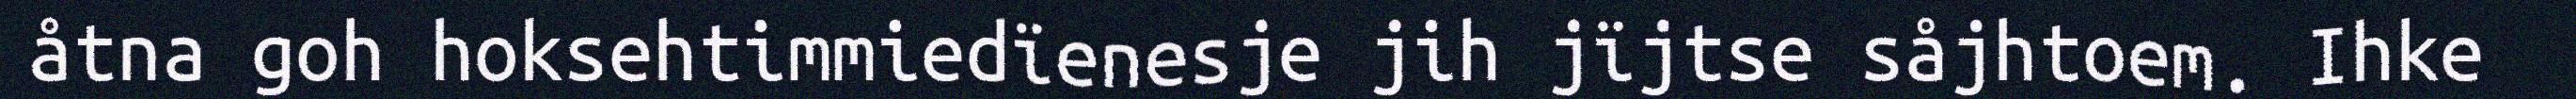
åtna goh hoksehtimmiedïenesje jih jïjtse såjhtoem. Ihke